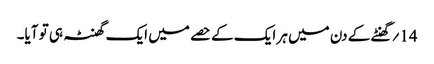
14؍ گھنٹے کے دن میں ہر ایک کے حصے میں ایک گھنٹہ ہی تو آیا۔